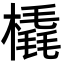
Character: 橇